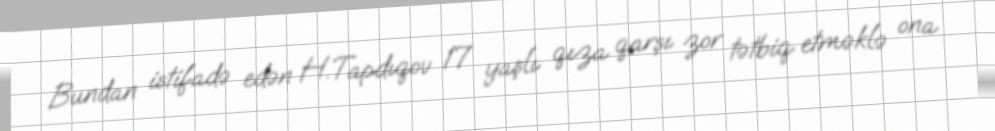
Bundan istifadə edən H.Tapdıqov 17 yaşlı qıza qarşı zor tətbiq etməklə ona